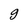
Character: g